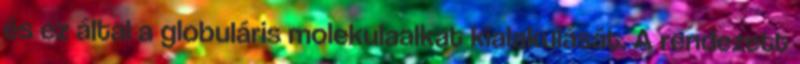
és ez által a globuláris molekulaalkat kialakulását. A rendezett